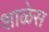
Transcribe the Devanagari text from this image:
शाळेस